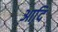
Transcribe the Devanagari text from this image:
आदि़